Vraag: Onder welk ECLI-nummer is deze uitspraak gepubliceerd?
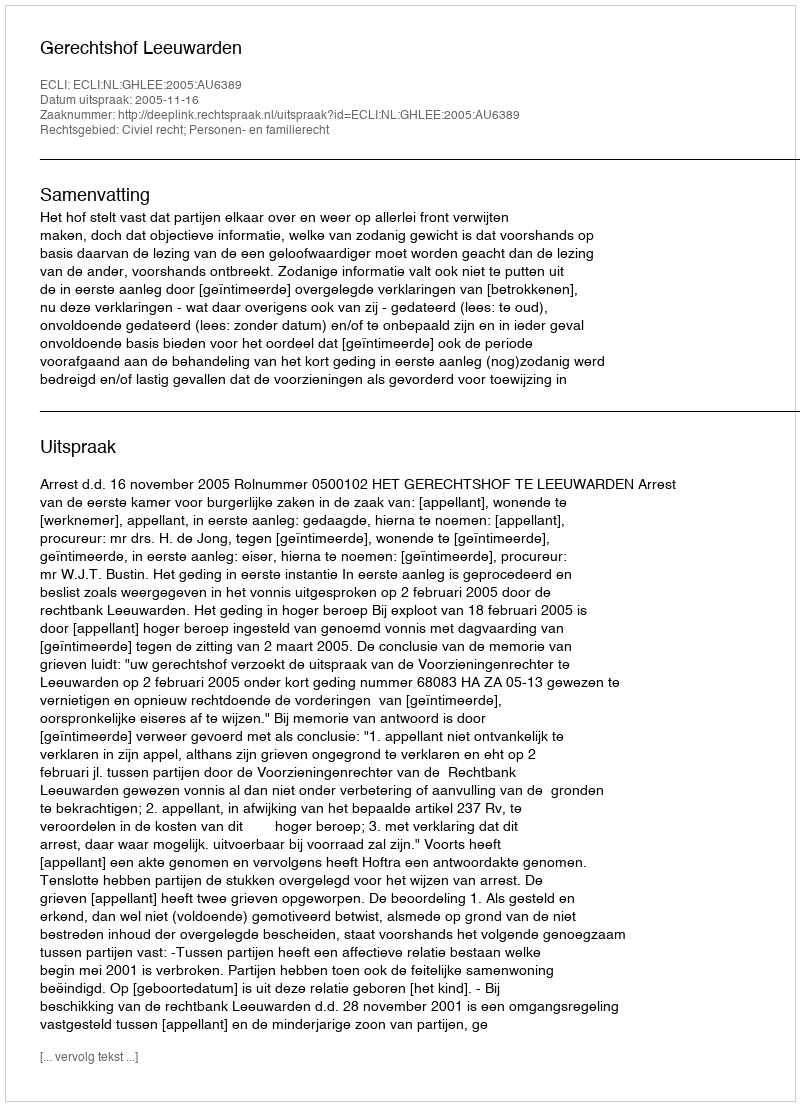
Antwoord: ECLI:NL:GHLEE:2005:AU6389